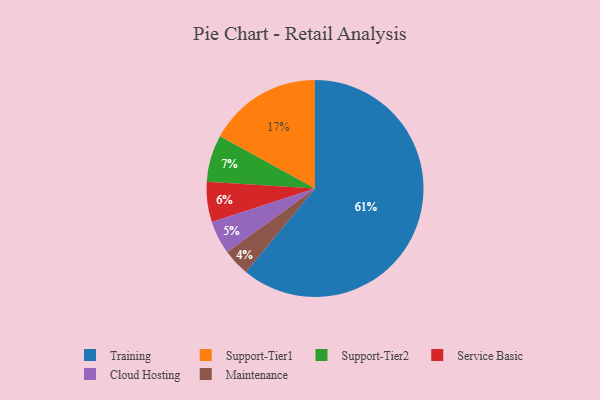
{"axis": {"x": "Category", "y": "Percentage"}, "legend": ["Cloud Hosting", "Maintenance", "Service Basic", "Support-Tier1", "Support-Tier2", "Training"], "data": [{"x": "Maintenance", "y": 4, "type": "Maintenance"}, {"x": "Support-Tier1", "y": 17, "type": "Support-Tier1"}, {"x": "Service Basic", "y": 6, "type": "Service Basic"}, {"x": "Cloud Hosting", "y": 5, "type": "Cloud Hosting"}, {"x": "Training", "y": 61, "type": "Training"}, {"x": "Support-Tier2", "y": 7, "type": "Support-Tier2"}]}